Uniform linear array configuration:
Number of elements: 12
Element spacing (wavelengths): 0.5
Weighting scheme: hamming
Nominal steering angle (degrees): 30
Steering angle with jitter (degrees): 28.485
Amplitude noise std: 0.05
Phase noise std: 0.05

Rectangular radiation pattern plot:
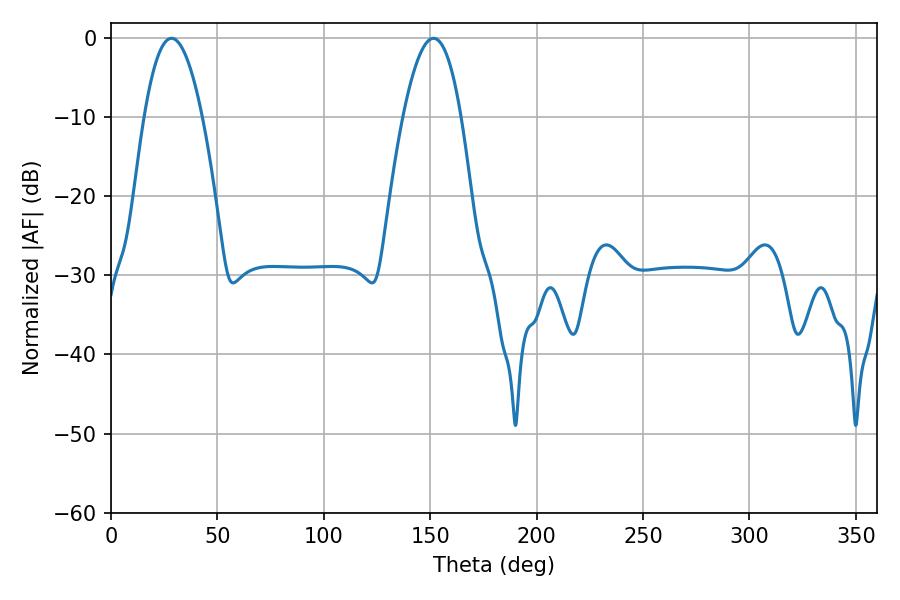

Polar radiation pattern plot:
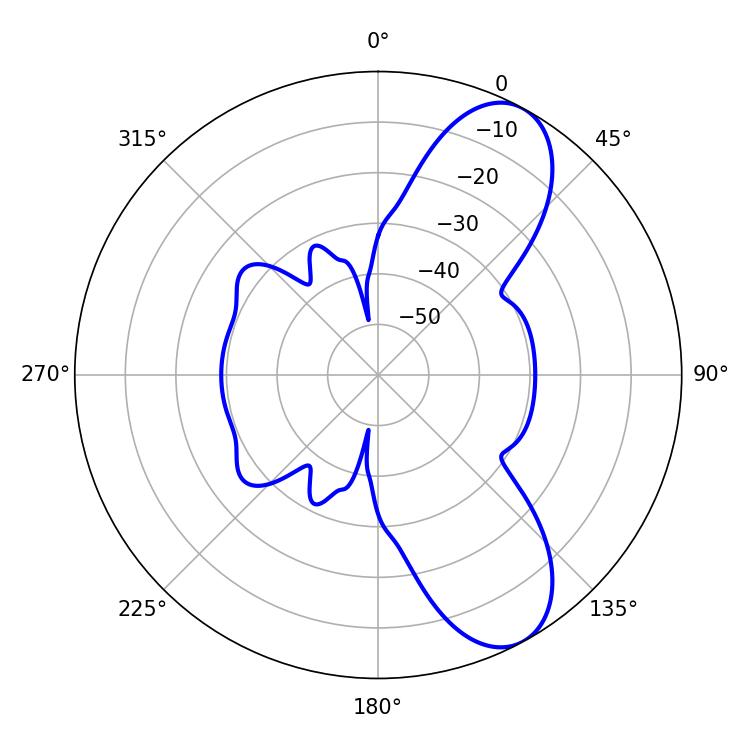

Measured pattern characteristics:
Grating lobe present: FALSE
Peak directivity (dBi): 8.711
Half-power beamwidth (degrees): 14.94
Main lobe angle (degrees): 28.44